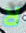
لا